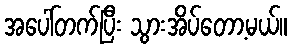
အပေါ်တက်ပြီး သွားအိပ်တော့မယ်။